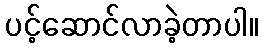
ပင့်ဆောင်လာခဲ့တာပါ။